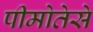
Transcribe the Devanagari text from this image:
पीमोतेसे